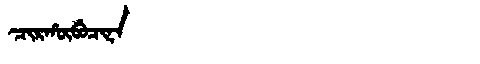
Manchu: ᠴᡳᡵᡥᡡᠪᡠᠴᡳᠨᠠ
Romanization: CIRHŪBUCINA